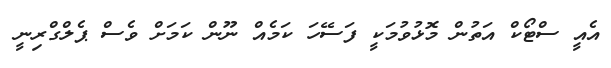
އެއީ ސްޓޯކް އަތުން މޮޅުވުމަކީ ފަސޭހަ ކަމެއް ނޫން ކަމަށް ވެސް ޕެލްގްރިނީ